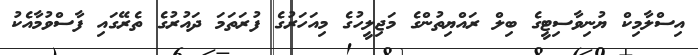
އިސްލާމިކް ޔުނިވާސިޓީގެ ބިލް ރައްޔިތުންގެ މަޖިލީހުގެ މިއަހަރުގެ ފުރަތަމަ ދައުރުގެ ތެރޭގައި ފާސްވުމާއެކު